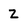
Character: 2